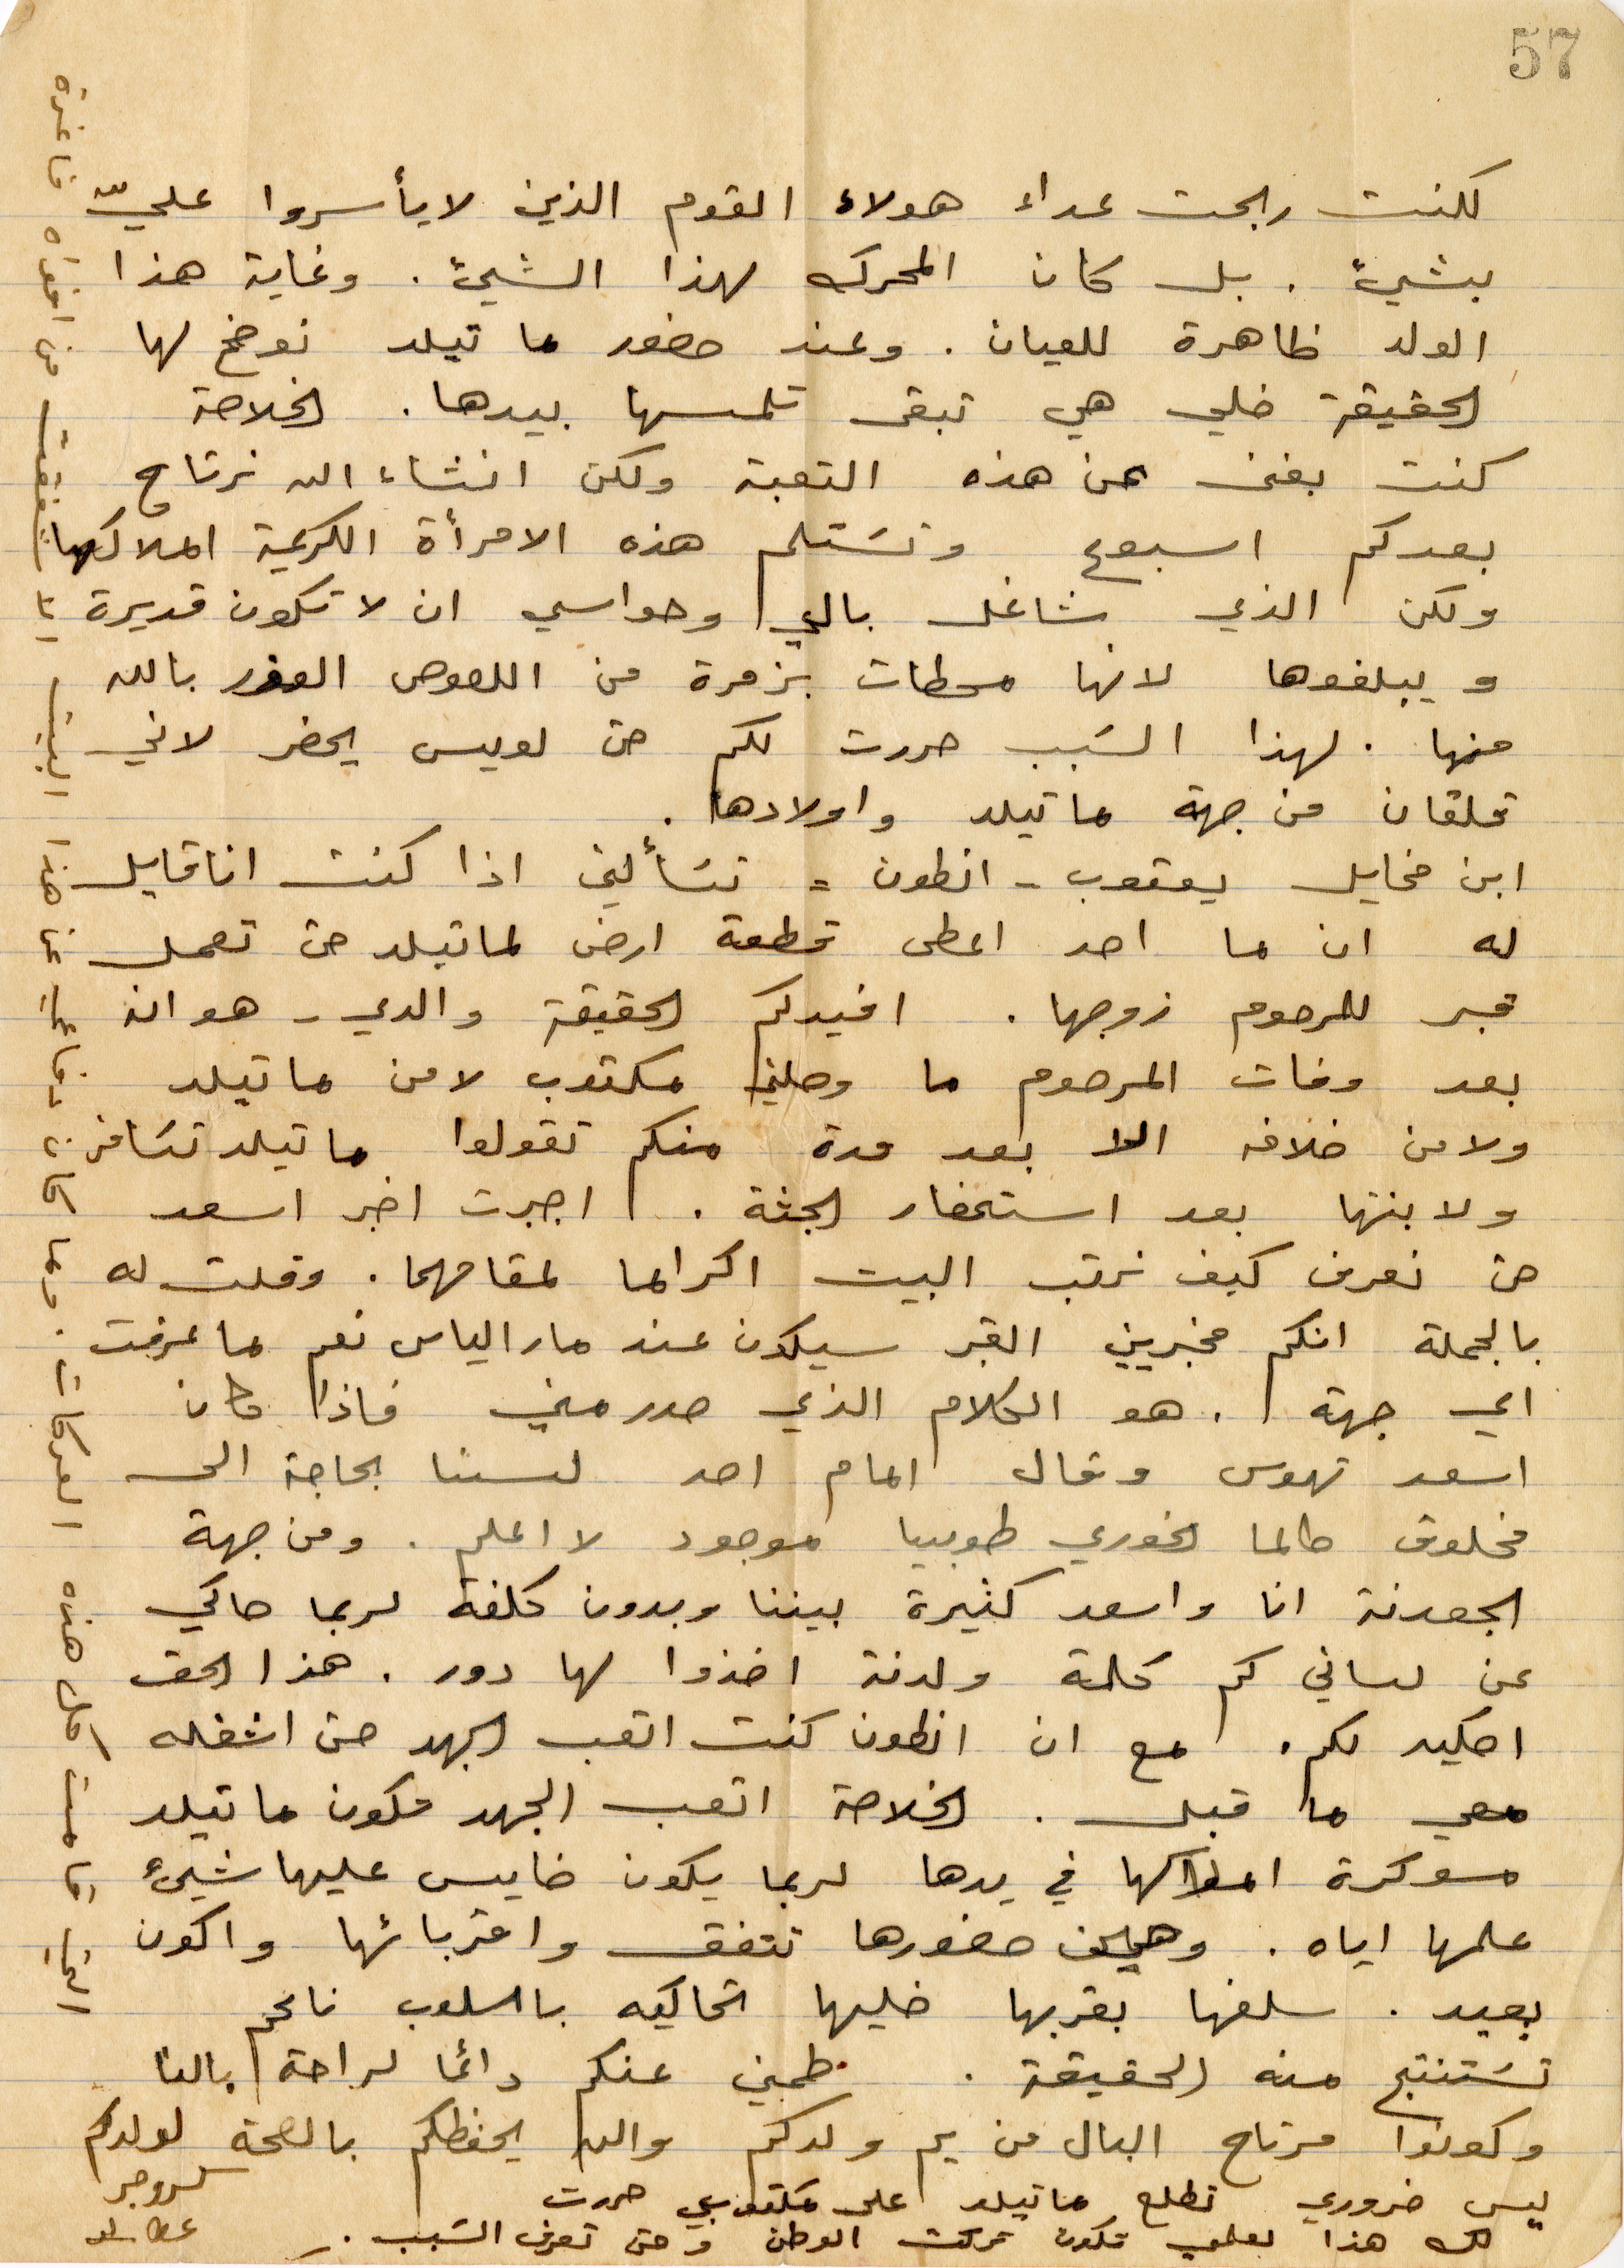
لكنت ربحت عداء هؤلاء القوم الذي لا يأسروا عليّ
بشيء. بل كان المحرك لهذا الشيء. وغاية هذا
الولد ظاهرة للعيان. وعند حضور ماتيلد نوضح لها
الحقيقة خلي هي تبقى تلمسها بيدها. الخلاصة
كنت بغنى عن هذه التعبة ولكن انشاء الله نرتاح.
بعدكم أسبوع ونستلم هذه الامرأة الكريمة املاكها
ولكن الذي شاغل بالي وحواسي ان لا تكون قديرة
ويبلغوها لنها محطات بزمرة من اللصوص العوز بالله
منها. لهذا السبب حررت لكم حتى لويس يحضر لاني
قلقان من جهة ماتيلد وأولادها
ابن مخايل يعقوب - أنطون - تسألني اذا كنت انا قايل
له ان ما احد اعطى قطعة ارض لماتيلد هي تعمل
قبر للمرحوم زوجها. افيدكم الحقيقة والدي - هو ان
بعد وفاة المرحوم ما وصلني مكتوب لا من ماتيلد
ولا من خلافه الا بعد مدة منكم تقولوا ماتيلد تسافر
ولابنتها بعد استحضار الجثة. جبرت اخبر اسعد
حتى نعرف كيف نرتب البيت اكراما لمقامهما. وقلت له
بالجملة انكم مخبرين القبر يكون عند مار الياس نعم بما عرفت
أي جهة. هو الكلام الذي صدر مني فاذا كان مكان
اسعد تهوس وقال امام احد لسنا بحاجة الى
 مخلوق طالما الخوري طوبيا موجود لا اعلم. ومن جهة
الجعدنة انا واسعد كثيرة بيناتنا وبدون كلفة لربما حاكي
عن لساني كم كلمة ولدنة اخذوا لها دور. هذا الحق
احكيه لكم. مع ان أنطون كنت اتعب الجهد حتى اشغله
معي ما قبل. الخلاصة اتعب الجهد مكون ماتيلد
مسوكرة املاكها في يدها لربما يكون خايس عليها شيء
علمها إياه. وهي حضورها تتفق واقربائه واكون
بعيد. سلفها بقربها خليها تحاكيه بأسلوب ناعم
تستنتج منه الحقيقة. طمني عنكم دائمًا لراحة بالنا
وكونوا مرتاح البال من يم ولدكم والله يحفظكم بالصلحة لولدكم
ليس ضروري تطلع ماتيلد اعلى  مكتوبي حررت
لكن هذا لعلمي تكون تركت الوطن وحتى تعرف السبب